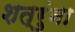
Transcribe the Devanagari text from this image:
शत्रुंना